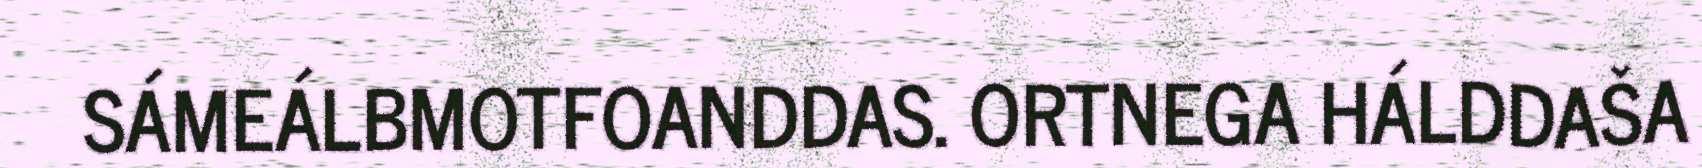
SÁMEÁLBMOTFOANDDAS. ORTNEGA HÁLDDAŠA